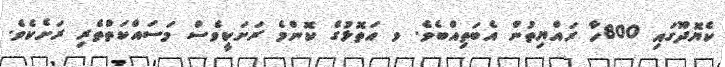
ކެޔޮދޫގައި 800ހާ ރައްޔިތުން އެބަތިއްބެވެ. ވ އަތޮޅުގެ ކޮންމެ ރަށަކީވެސް މަސައްކަތްތެރި ރަށެކެވެ.